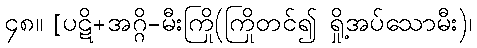
၄၈။ [ပဋိ+အဂ္ဂိ-မီးကြို(ကြိုတင်၍ ရှို့အပ်သောမီး)၊